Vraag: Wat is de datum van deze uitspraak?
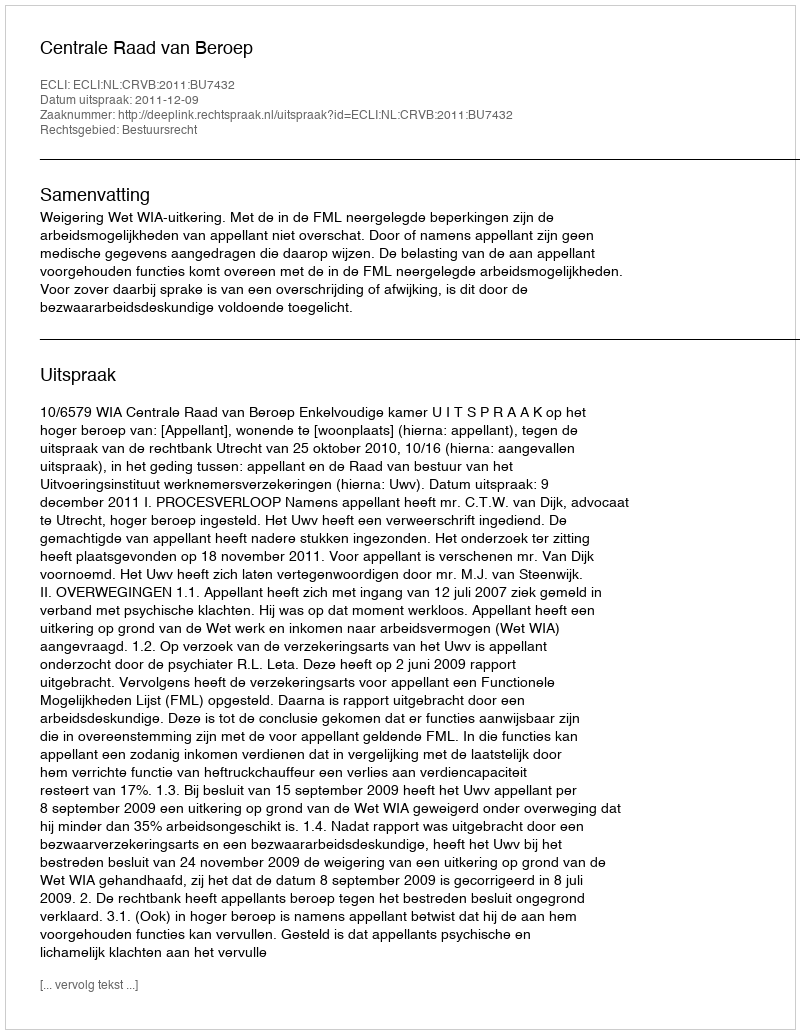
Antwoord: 2011-12-09